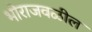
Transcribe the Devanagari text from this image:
भोराजवळील